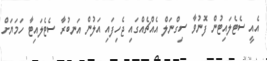
އެއީ ސެޓެލައިޓުން ފޮނުވާ ސިގްނަލް އެއްޗެއްގައި ޖެހިފައި އަލުން އަނބުރާ ސެޓެލައިޓާ ހަމަޔަށް